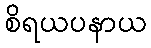
စိရယပနာယ